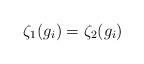
LaTeX: \begin{align*} \zeta_1(g_i) = \zeta_2(g_i)\end{align*}